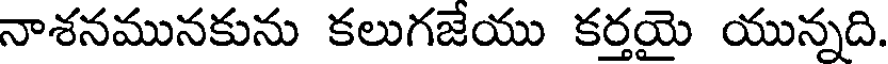
నాశనమునకును కలుగజేయు కర్తయై యున్నది.